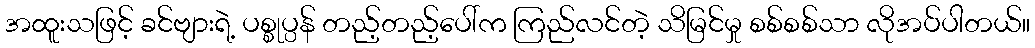
အထူးသဖြင့် ခင်ဗျားရဲ့ ပစ္စုပ္ပန် တည့်တည့်ပေါ်က ကြည်လင်တဲ့ သိမြင်မှု စစ်စစ်သာ လိုအပ်ပါတယ်။